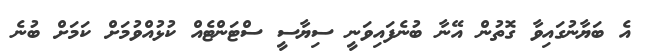
އެ ބަޔާނުގައިވާ ގޮތުން އޭނާ ބުނެފައިވަނީ ސިޔާސީ ސްޓަންޓެއް ކުޅުއްވުމަށް ކަމަށް ބުނެ